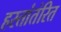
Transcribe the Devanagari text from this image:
हस्तांतंरित